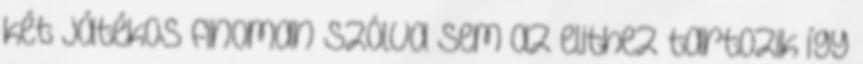
két játékos finoman szólva sem az elithez tartozik így